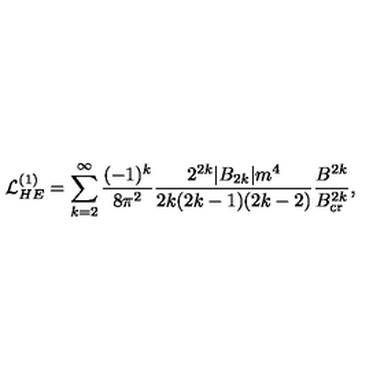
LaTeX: { \cal L } _ { H E } ^ { ( 1 ) } = \sum _ { k = 2 } ^ { \infty } { \frac { ( - 1 ) ^ { k } } { 8 \pi ^ { 2 } } } { \frac { 2 ^ { 2 k } \vert B _ { 2 k } \vert m ^ { 4 } } { 2 k ( 2 k - 1 ) ( 2 k - 2 ) } } { \frac { B ^ { 2 k } } { B _ { \mathrm { c r } } ^ { 2 k } } } ,